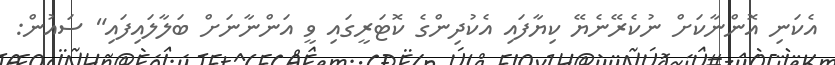
އެކަނި އޮންނާކަށް ނުކެރޭނެޔޭ ކިޔާފައި އެކުދިންގެ ކޮޓަރީގައި ވީ އަންނާނަށް ބަލާލައިފައި" ސައުން: